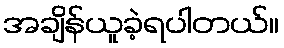
အချိန်ယူခဲ့ရပါတယ်။